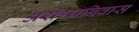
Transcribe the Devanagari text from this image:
अरोग्यनिवास